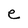
Character: e